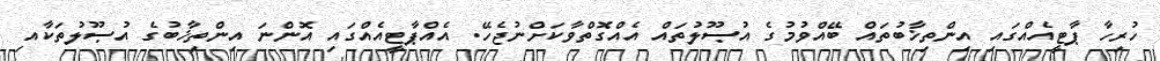
ހުރިހާ ޕާޓީއެއްގައި އިންތިޚާބުތައް ބޭއްވުމުގެ އުޞޫލުތައް އެއްގޮތްވާކަށްނުޖެހޭ. އެއްޕާޓީއެއްގައި އޮންނަ އިންތިޚާބުގެ އުޞޫލުތަކާއި